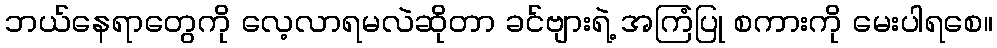
ဘယ်နေရာတွေကို လေ့လာရမလဲဆိုတာ ခင်ဗျားရဲ့ အကြံပြု စကားကို မေးပါရစေ။